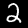
Digit: 2